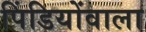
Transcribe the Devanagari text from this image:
पिंडियोंवाला